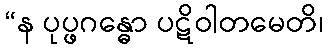
“န ပုပ္ဖဂန္ဓော ပဋိဝါတမေတိ၊